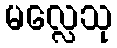
မလ္လေသု